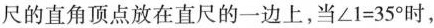
尺的直角顶点放在直尺的一边上，当$$∠ 1 = 3 5 °$$时，